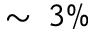
\sim \, 3 \%